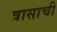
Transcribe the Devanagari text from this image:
त्रासाची